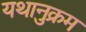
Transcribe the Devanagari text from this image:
यथानुक्रम